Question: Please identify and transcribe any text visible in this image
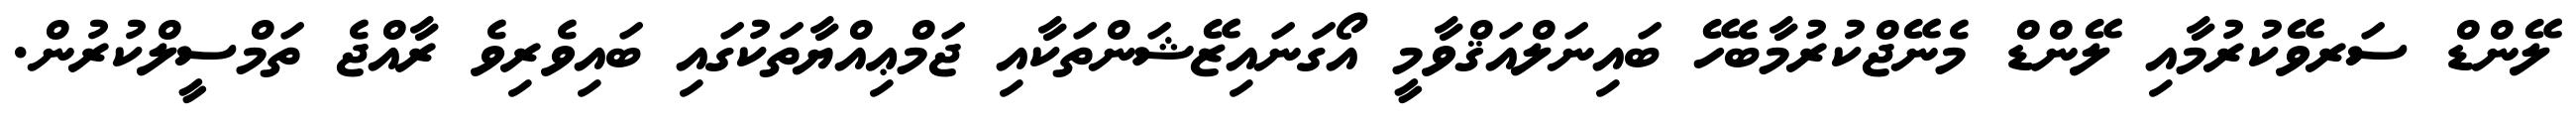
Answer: ލޭންޑް ސަރވޭކުރުމާއި ލޭންޑް މެނޭޖްކުރުމާބެހޭ ބައިނަލްއަޤްވާމީ އޯގަނައިޒޭޝަންތަކާއި ޖަމްޢިއްޔާތަކުގައި ބައިވެރިވެ ރާއްޖެ ތަމްސީލްކުރުން.